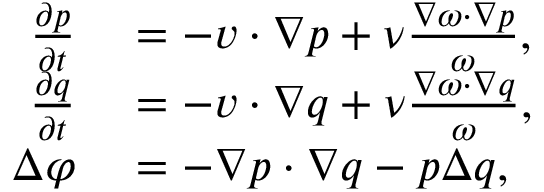
\begin{array} { r l } { \frac { \partial p } { \partial t } } & { { } = - \boldsymbol { v } \cdot \nabla p + \nu \frac { \nabla \omega \cdot \nabla p } { \omega } , } \\ { \frac { \partial q } { \partial t } } & { { } = - \boldsymbol { v } \cdot \nabla q + \nu \frac { \nabla \omega \cdot \nabla q } { \omega } , } \\ { \Delta \varphi } & { { } = - \nabla p \cdot \nabla q - p \Delta q , } \end{array}